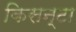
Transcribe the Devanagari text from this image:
किसन्टा